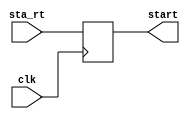
`timescale 1ns / 1ps
//////////////////////////////////////////////////////////////////////////////////
// Company: 
// Engineer: 
// 
// Design Name: 
// Module Name: reg_start
// Project Name: 
// Target Devices: 
// Tool Versions: 
// Description: 
// 
// Dependencies: 
// 
// Revision:
// Revision 0.01 - File Created
// Additional Comments:
// 
//////////////////////////////////////////////////////////////////////////////////


module reg_start(
    input wire clk,
    input wire  sta_rt,
    output wire start
    );
 reg star_t; // seal de inicio
    always @(posedge clk)
        star_t<=sta_rt;
assign start=star_t;
endmodule